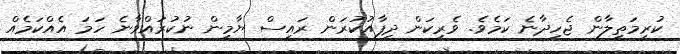
ކުރިމަތިލާން ޖެހިދާނެ ކަމެވެ. ވެރިކަން ދިފާއުކުރަން ރައީސް ޔާމީން ނުކުރައްވާނެ ހަމަ އެއްކަމެއް